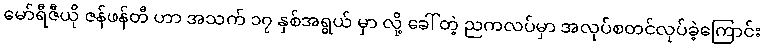
မော်ရီဇီယို ဇန်ဖန်တီ ဟာ အသက် ၁၇ နှစ်အရွယ် မှာ လို့ ခေါ်တဲ့ ညကလပ်မှာ အလုပ်စတင်လုပ်ခဲ့ကြောင်း